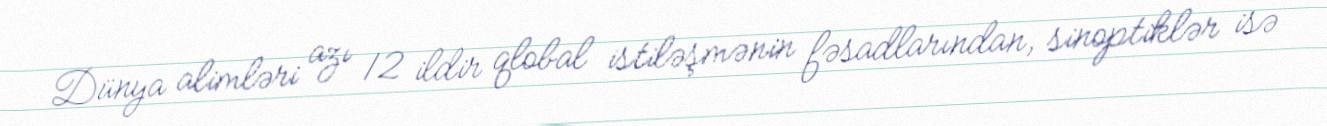
Dünya alimləri azı 12 ildir qlobal istiləşmənin fəsadlarından, sinoptiklər isə